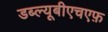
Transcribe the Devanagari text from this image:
डब्ल्यूबीएचएफ़